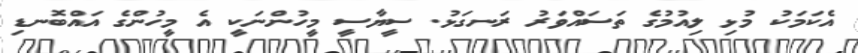
އެކަމަކު މުޅި ލިއުމުގެ ތަސައްވަރު ރަނގަޅު. ސީޔާސީ މީހުންނަކީ އެ މީހުންގެ އައްބޮނޑި